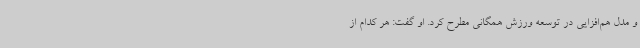
و مدل هم‌افزایی در توسعه ورزش همگانی مطرح کرد. او گفت: هر کدام از